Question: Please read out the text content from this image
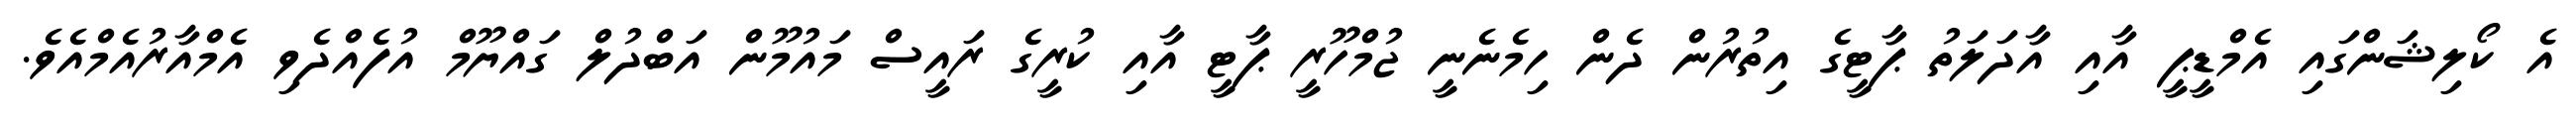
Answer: އެ ކޯލިޝަންގައި އެމްޑީޕީ އާއި އާދަލަތު ޕާޓީގެ އިތުރުން ދެން ހިމެނެނީ ޖުމްހޫރީ ޕާޓީ އާއި ކުރީގެ ރައީސް މައުމޫން އަބްދުލް ގައްޔޫމް އުފެއްދެވި އެމްއާރުއެމްއެވެ.